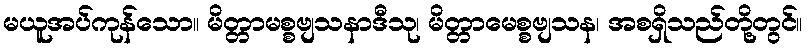
မယူအပ်ကုန်သော။ မိတ္တာမစ္စဗျသနာဒီသု၊ မိတ္တာမေစ္စဗျသန၊ အစရှိသည်တို့တွင်။